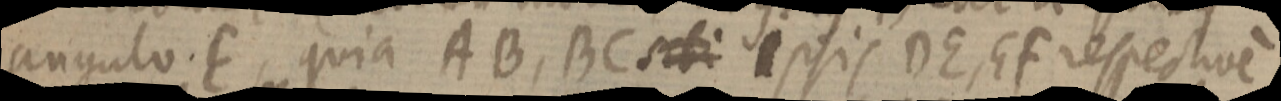
angulo. E, quia AB, BC sibi ipsis DE, EF respectivem